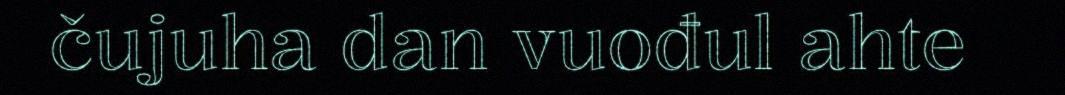
čujuha dan vuođul ahte